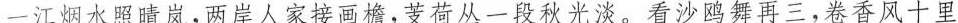
一江烟水照晴岚，两岸人家接画檐，芰荷从一段秋光淡。看沙鸥舞再三，卷香风十里